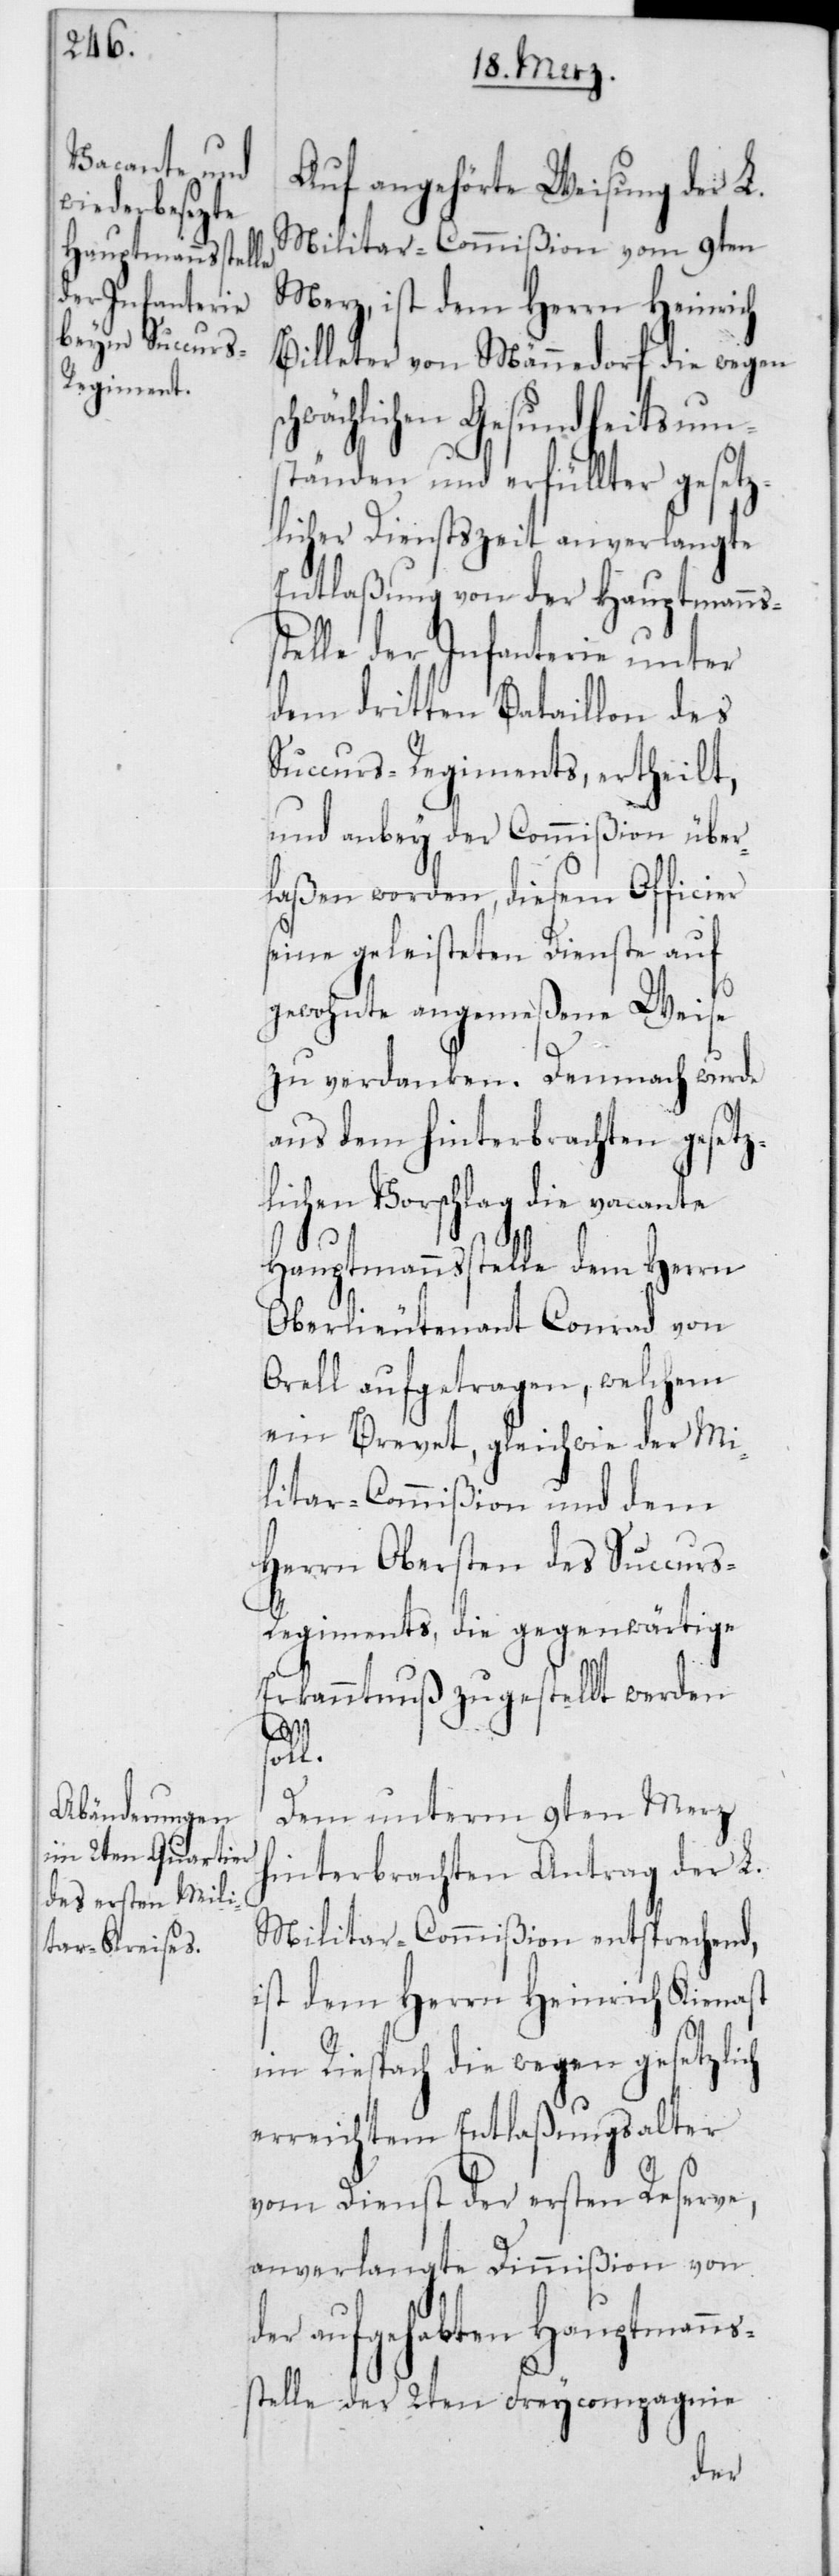
Auf angehörte Weisung der L.
Militar-Commißion vom 9ten
Merz, ist dem Herrn Heinrich
Billeter von Männedorf die wegen
hwächlichen Gesundheitsum¬
ständen und erfüllter gesetz¬
licher Dienstszeit anverlangte
Entlaßung von der Hauptmanns¬
elle der Infanterie unter
dem dritten Bataillon des
Succurs-Regiments, ertheilt,
und anbey der Commißion über¬
laßen worden, diesem Officier
seine geleisteten Dienste auf
gewohnte angemeßene Weise
zu verdanken. Demnach wurde
aus dem hinterbrachten gesetz¬
lichen Vorschlag die vacante
Hauptmannsstelle dem Herrn
Oberlieutenant Conrad von
Orell aufgetragen, welchem
ein Brevet, gleichwie der Mi¬
litar-Commißion und dem
Herrn Obersten des Succurs-R¬
egiments, die gegenwärtige
Erkanntnuß zugestellt werden
st¬
soll.
Dem unterm 9ten Merz
hinterbrachten Antrag der L.
Militar-Commißion entsprechend,
ist dem Herrn Heinrich Kienast
im Riespach die wegen gesetzlich
erreichtem Entlaßungsalter
vom Dienst der ersten Reserve,
anverlangte Dimmißion von
der aufgehabten Hauptmanns¬
stelle der 2ten Freycompagnie